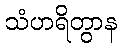
သံဟရိတွာန